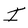
Character: I